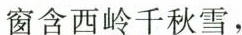
窗含西岭千秋雪，